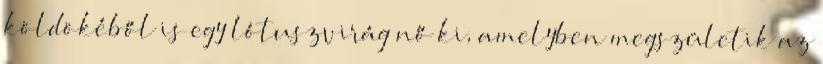
köldökéből is egy lótuszvirág nő ki, amelyben megszületik az